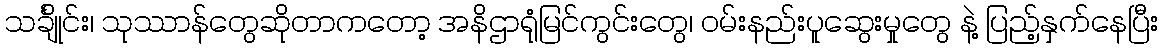
သင်္ချိုင်း၊ သုဿာန်တွေဆိုတာကတော့ အနိဌာရုံမြင်ကွင်းတွေ၊ ဝမ်းနည်းပူဆွေးမှုတွေ နဲ့ ပြည့်နှက်နေပြီး